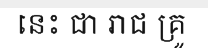
នេះ ជា រាជ គ្រូ